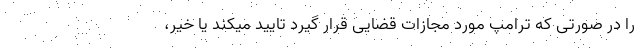
را در صورتی که ترامپ مورد مجازات قضایی قرار گیرد تایید میکند یا خیر،